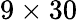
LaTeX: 9\times 30